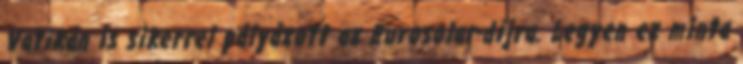
Vatikán is sikerrel pályázott az Eurosolar-díjra. Legyen ez minta